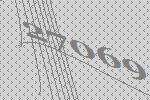
27069